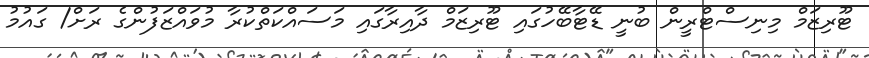
ޓޫރިޒަމް މިނިސްޓްރީން ބުނީ ޑޭޓާބޭހުގައި ޓޫރިޒަމް ދާއިރާގައި މަސައްކަތްކުރާ މުވައްޒަފުންގެ ރަށް/ ގައުމު